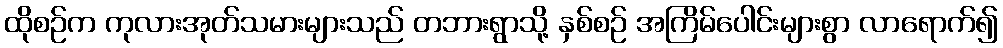
ထိုစဉ်က ကုလားအုတ်သမားများသည် တဘားရွာသို့ နှစ်စဉ် အကြိမ်ပေါင်းများစွာ လာရောက်၍